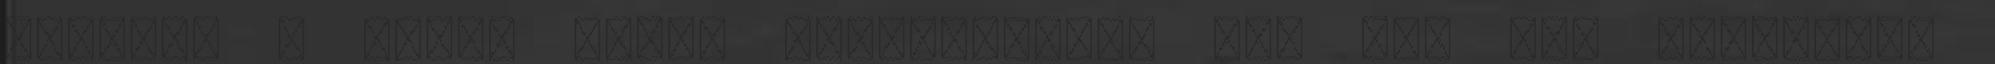
ütötték a német hajók páncélzatát, fel már nem robbantak